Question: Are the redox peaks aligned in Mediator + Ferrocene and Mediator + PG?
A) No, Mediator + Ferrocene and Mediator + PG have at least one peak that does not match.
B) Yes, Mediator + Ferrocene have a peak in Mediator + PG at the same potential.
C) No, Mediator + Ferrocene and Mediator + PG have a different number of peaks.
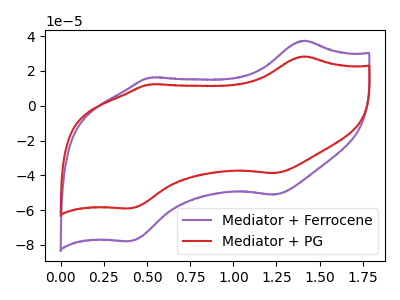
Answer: <think>The purple curve "Mediator + Ferrocene" has anodic peaks at (1.40V, 37.40uA) (0.50V, 16.20uA) and cathodic peaks at (1.25V, -51.10uA) (0.40V, -77.85uA). The red curve "Mediator + PG" has anodic peaks at (1.40V, 28.35uA) (0.50V, 12.30uA) and cathodic peaks at (1.25V, -38.75uA) (0.40V, -59.00uA).</think>
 <answer>B) Yes, "Mediator + Ferrocene" have a peak in "Mediator + PG" at the same potential.</answer>
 <eval>B</eval>